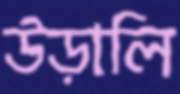
উড়ালি